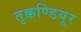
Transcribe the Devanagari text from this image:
तृक्कण्डियूर